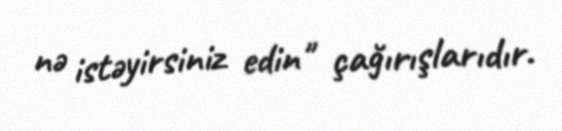
nə istəyirsiniz edin" çağırışlarıdır.